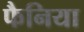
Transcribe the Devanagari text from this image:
फैनिया